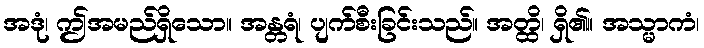
အဒုံ၊ ဤအမည်ရှိသော။ အန္တရံ၊ ပျက်စီးခြင်းသည်။ အတ္ထိ၊ ရှိ၏။ အသ္မာကံ၊